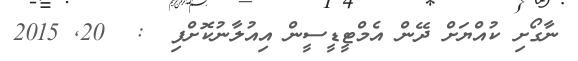
ނާގޯށި ކުއްޔަށް ދޭން އެމްޓީޑީސީން އިއުލާނުކޮށްފި  :  20